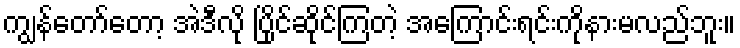
ကျွန်တော်တော့ အဲဒီလို ပြိုင်ဆိုင်ကြတဲ့ အကြောင်းရင်းကိုနားမလည်ဘူး။